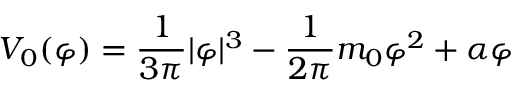
{ \cal V } _ { 0 } ( \varphi ) = { \frac { 1 } { 3 \pi } } | \varphi | ^ { 3 } - { \frac { 1 } { 2 \pi } } m _ { 0 } \varphi ^ { 2 } + \alpha \varphi